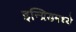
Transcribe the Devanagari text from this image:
इन्ग्रिडमध्ये